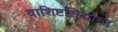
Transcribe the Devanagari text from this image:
वाशिष्टसिद्धान्त